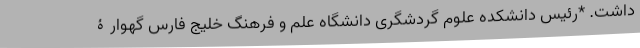
داشت. *رئیس دانشکده علوم گردشگری دانشگاه علم و فرهنگ خلیج فارس گهوارۀ